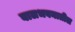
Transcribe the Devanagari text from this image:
बालभवनातील